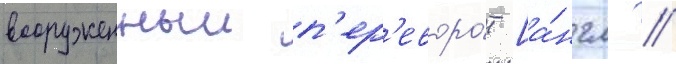
вооруженныи п'ер'еворо́т [а́нгл. /